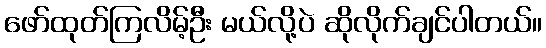
ဖော်ထုတ်ကြလိမ့်ဦး မယ်လို့ပဲ ဆိုလိုက်ချင်ပါတယ်။